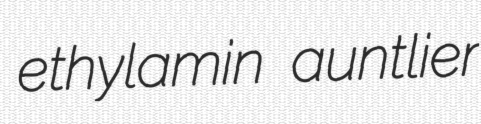
ethylamin auntlier